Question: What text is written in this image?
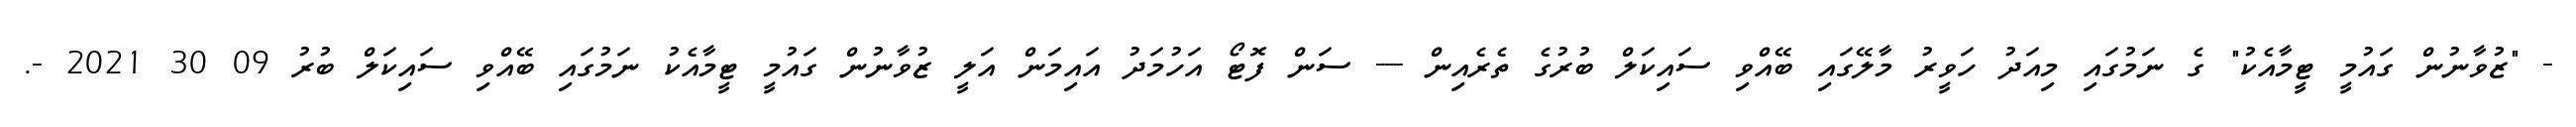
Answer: - "ޒުވާނުން ގައުމީ ޓީމާއެކު" ގެ ނަމުގައި މިއަދު ހަވީރު މާލޭގައި ބޭއްވި ސައިކަލް ބުރުގެ ތެރެއިން --- ސަން ފޮޓޯ އަހުމަދު އައިމަން އަލީ ޒުވާނުން ގައުމީ ޓީމާއެކު ނަމުގައި ބޭއްވި ސައިކަލް ބުރު 09 30 2021 -.